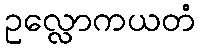
ဥလ္လောကယတံ